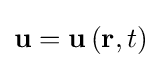
\mathbf {u} =\mathbf {u} \left(\mathbf {r} ,t\right)\,\!